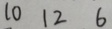
1 0 1 2 6